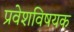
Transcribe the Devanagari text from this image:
प्रवेशविषयक